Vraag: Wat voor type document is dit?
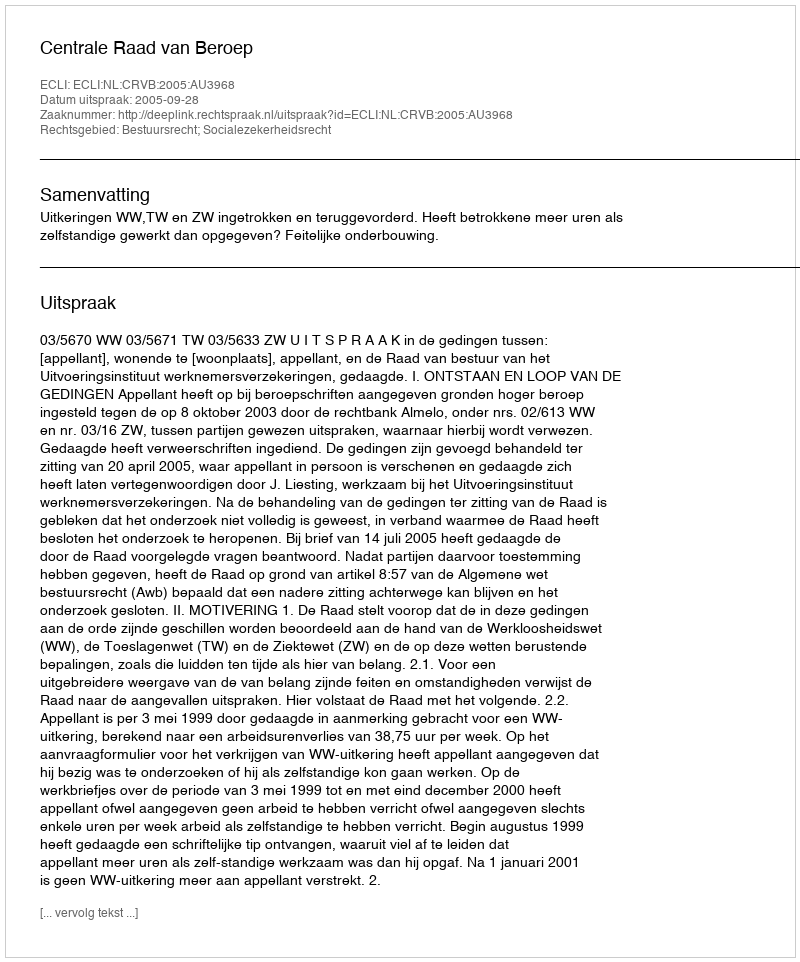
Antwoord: Uitspraak